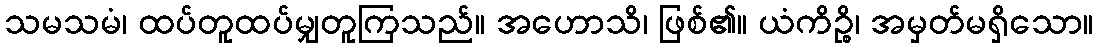
သမသမံ၊ ထပ်တူထပ်မျှတူကြသည်။ အဟောသိ၊ ဖြစ်၏။ ယံကိဉ္စိ၊ အမှတ်မရှိသော။